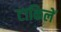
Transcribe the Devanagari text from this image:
टाकिलें